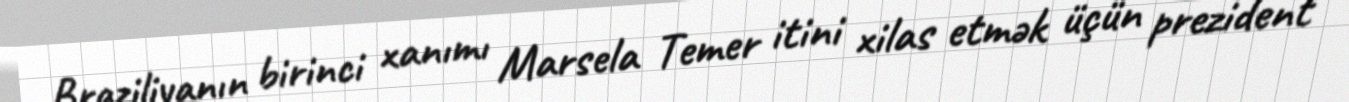
Braziliyanın birinci xanımı Marsela Temer itini xilas etmək üçün prezident